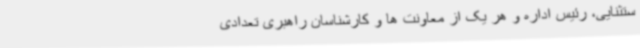
ستثنایی، رئیس اداره و هر یک از معاونت ها و کارشناسان راهبری تعدادی